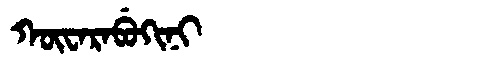
Manchu: ᡴᡡᠸᠠᡵᠠᠪᡠᡴᡳᠨᡳ
Romanization: KŪWARABUKINI